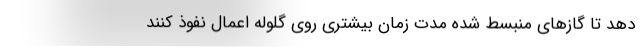
دهد تا گازهای منبسط شده مدت زمان بیشتری روی گلوله اعمال نفوذ کنند